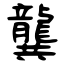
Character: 龔